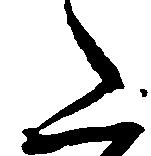
た